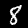
Label: 8